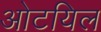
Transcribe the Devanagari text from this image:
ओटयिल